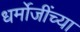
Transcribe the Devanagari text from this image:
धर्मोजींच्या